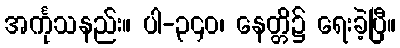
အင်္ကုသနည်း။ ပါ-၃၄၀၊ နေတ္တိ၌ ရေးခဲ့ပြီ။